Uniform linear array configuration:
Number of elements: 24
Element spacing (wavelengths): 0.5
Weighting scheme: uniform
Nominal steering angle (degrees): -60
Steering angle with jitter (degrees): -60.154
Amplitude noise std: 0.05
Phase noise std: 0.05

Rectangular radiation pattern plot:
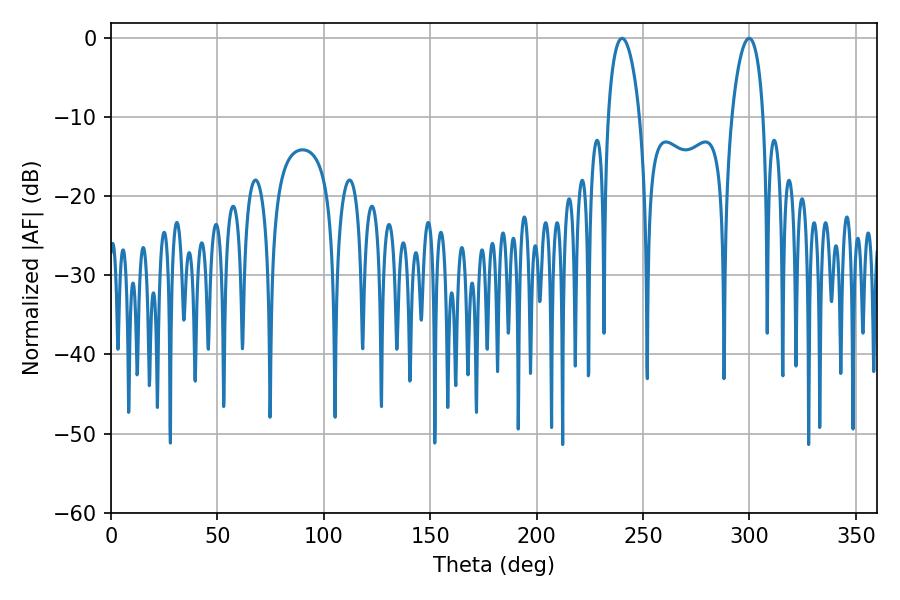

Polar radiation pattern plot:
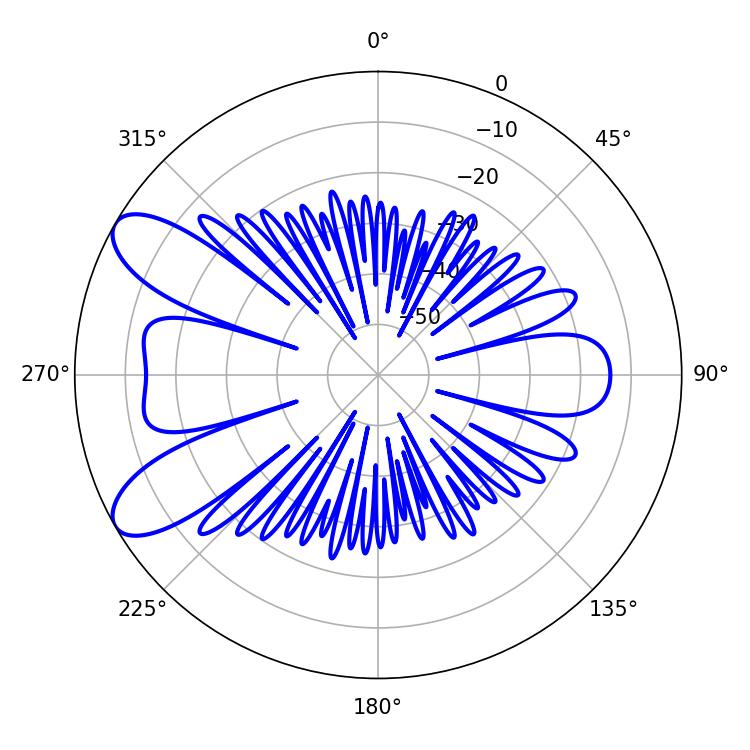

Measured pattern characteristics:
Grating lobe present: FALSE
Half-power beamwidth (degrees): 8.46
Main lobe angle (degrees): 240.12